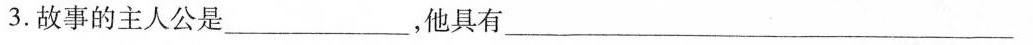
3.故事的主人公是___，他具有___